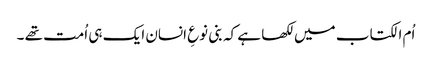
اُم الکتاب میں لکھا ہے کہ بنی نوعِ انسان ایک ہی اُمت تھے ۔